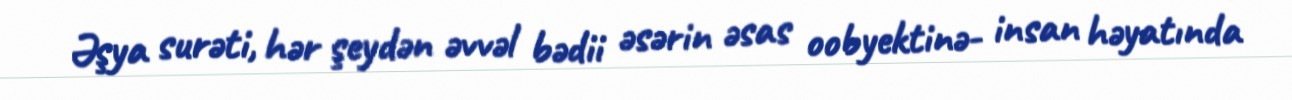
Əşya surəti, hər şeydən əvvəl bədii əsərin əsas oobyektinə- insan həyatında